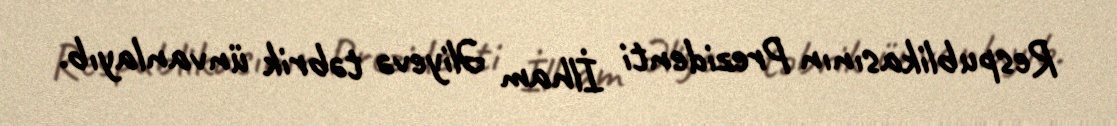
Respublikasının Prezidenti İlham Əliyevə təbrik ünvanlayıb.